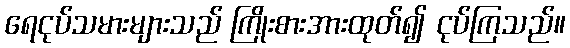
ရေငုပ်သမားများသည် ကြိုးစားအားထုတ်၍ ငုပ်ကြသည်။